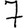
Digit: 7